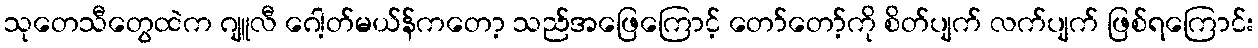
သုတေသီတွေထဲက ဂျူလီ ဂေါ့တ်မယ်န်ကတော့ သည်အဖြေကြောင့် တော်တော့်ကို စိတ်ပျက် လက်ပျက် ဖြစ်ရကြောင်း